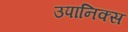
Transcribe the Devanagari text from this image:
उपानिक्स